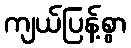
ကျယ်ပြန့်စွာ